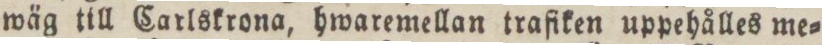
wäg till Carlskrona, hwaremellan trafiken uppehålles me=